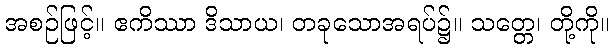
အစဉ်ဖြင့်။ ဧကိဿာ ဒိသာယ၊ တခုသောအရပ်၌။ သတ္တေ၊ တို့ကို။